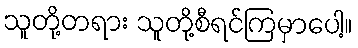
သူတို့တရား သူတို့စီရင်ကြမှာပေါ့။